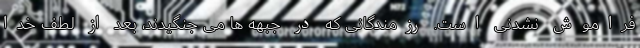
فراموش نشدنی است. رزمندگانی که در جبهه ها می جنگیدند، بعد از لطف خدا